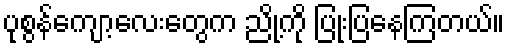
ပုစွန်ကျော့လေးတွေက ညို့ကို ပြုံးပြနေကြတယ်။